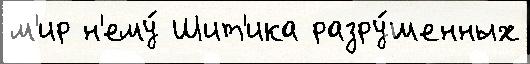
м'ир н'ему́ Шит'ика разру́шенных